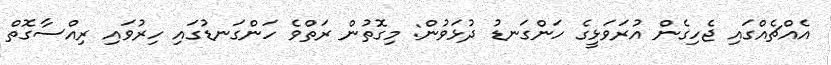
އެއްޗެއްގައި ޖެހިގެން އުރަވަޅީގެ ހަންގަނޑު ދުޅަވުން: މިގޮތުން ރަތްވެ ހަންގަނޑުގައި ހިރުވައި ރިއްސާގޮތް